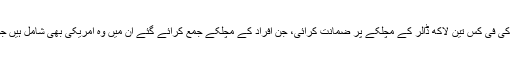
سکیورٹی حکام کا کہنا ہے کہ امریکہ نے اپنی شہریوں کی فی کس تین لاکھ ڈالر کے مچلکے پر ضمانت کرائی، جن افراد کے مچلکے جمع کرائے گئے ان میں وہ امریکی بھی شامل ہیں جو سفری پابندیوں سے پہلے ہی مصر چھوڑ چکے تھے۔